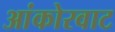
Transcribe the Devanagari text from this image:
आंकोरवाट